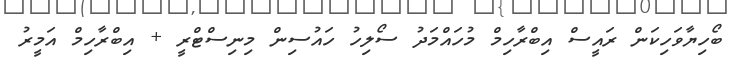
ބޯހިޔާވަހިކަން ރައީސް އިބްރާހިމް މުހައްމަދު ސޯލިހު ހައުސިން މިނިސްޓްރީ + އިބްރާހިމް އަމީރު